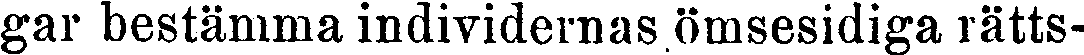
gar bestämma individernas ömsesidiga rätts-